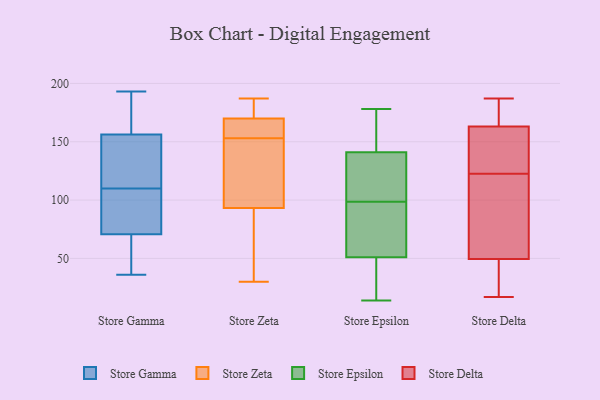
{"axis": {"x": "Energy Usage (MWh)", "y": "Value"}, "legend": ["Store Delta", "Store Epsilon", "Store Gamma", "Store Zeta"], "data": [{"x": "", "y": 77, "type": "Store Gamma"}, {"x": "", "y": 110, "type": "Store Gamma"}, {"x": "", "y": 96, "type": "Store Gamma"}, {"x": "", "y": 36, "type": "Store Gamma"}, {"x": "", "y": 193, "type": "Store Gamma"}, {"x": "", "y": 39, "type": "Store Gamma"}, {"x": "", "y": 117, "type": "Store Gamma"}, {"x": "", "y": 130, "type": "Store Gamma"}, {"x": "", "y": 172, "type": "Store Gamma"}, {"x": "", "y": 52, "type": "Store Gamma"}, {"x": "", "y": 151, "type": "Store Gamma"}, {"x": "", "y": 110, "type": "Store Gamma"}, {"x": "", "y": 181, "type": "Store Gamma"}, {"x": "", "y": 68, "type": "Store Zeta"}, {"x": "", "y": 30, "type": "Store Zeta"}, {"x": "", "y": 173, "type": "Store Zeta"}, {"x": "", "y": 187, "type": "Store Zeta"}, {"x": "", "y": 94, "type": "Store Zeta"}, {"x": "", "y": 154, "type": "Store Zeta"}, {"x": "", "y": 169, "type": "Store Zeta"}, {"x": "", "y": 157, "type": "Store Zeta"}, {"x": "", "y": 181, "type": "Store Zeta"}, {"x": "", "y": 153, "type": "Store Zeta"}, {"x": "", "y": 112, "type": "Store Zeta"}, {"x": "", "y": 123, "type": "Store Zeta"}, {"x": "", "y": 91, "type": "Store Zeta"}, {"x": "", "y": 139, "type": "Store Epsilon"}, {"x": "", "y": 122, "type": "Store Epsilon"}, {"x": "", "y": 33, "type": "Store Epsilon"}, {"x": "", "y": 58, "type": "Store Epsilon"}, {"x": "", "y": 178, "type": "Store Epsilon"}, {"x": "", "y": 44, "type": "Store Epsilon"}, {"x": "", "y": 143, "type": "Store Epsilon"}, {"x": "", "y": 176, "type": "Store Epsilon"}, {"x": "", "y": 14, "type": "Store Epsilon"}, {"x": "", "y": 75, "type": "Store Epsilon"}, {"x": "", "y": 139, "type": "Store Epsilon"}, {"x": "", "y": 67, "type": "Store Epsilon"}, {"x": "", "y": 28, "type": "Store Delta"}, {"x": "", "y": 17, "type": "Store Delta"}, {"x": "", "y": 175, "type": "Store Delta"}, {"x": "", "y": 148, "type": "Store Delta"}, {"x": "", "y": 159, "type": "Store Delta"}, {"x": "", "y": 187, "type": "Store Delta"}, {"x": "", "y": 97, "type": "Store Delta"}, {"x": "", "y": 91, "type": "Store Delta"}, {"x": "", "y": 58, "type": "Store Delta"}, {"x": "", "y": 153, "type": "Store Delta"}, {"x": "", "y": 41, "type": "Store Delta"}, {"x": "", "y": 167, "type": "Store Delta"}]}